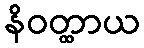
နိဝတ္ထာယ